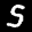
Label: 5